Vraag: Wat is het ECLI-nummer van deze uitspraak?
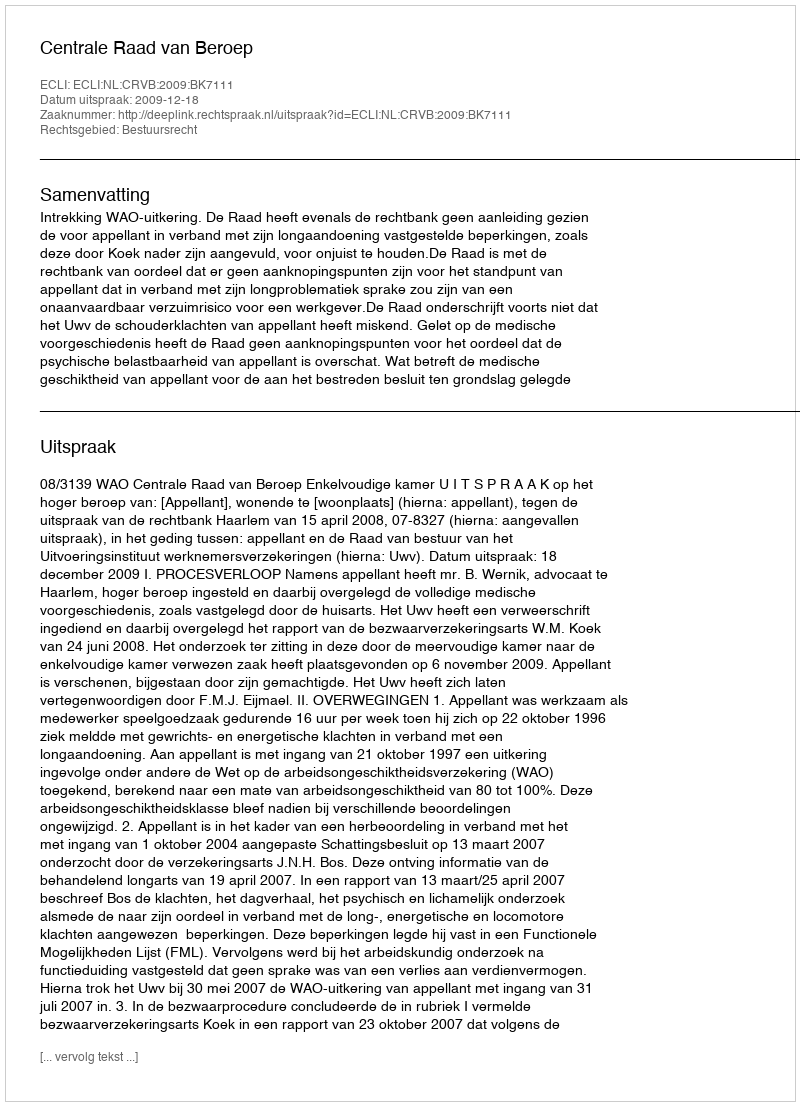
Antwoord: ECLI:NL:CRVB:2009:BK7111